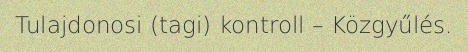
Tulajdonosi (tagi) kontroll – Közgyűlés.